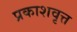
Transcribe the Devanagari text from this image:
प्रकाशवृत्त